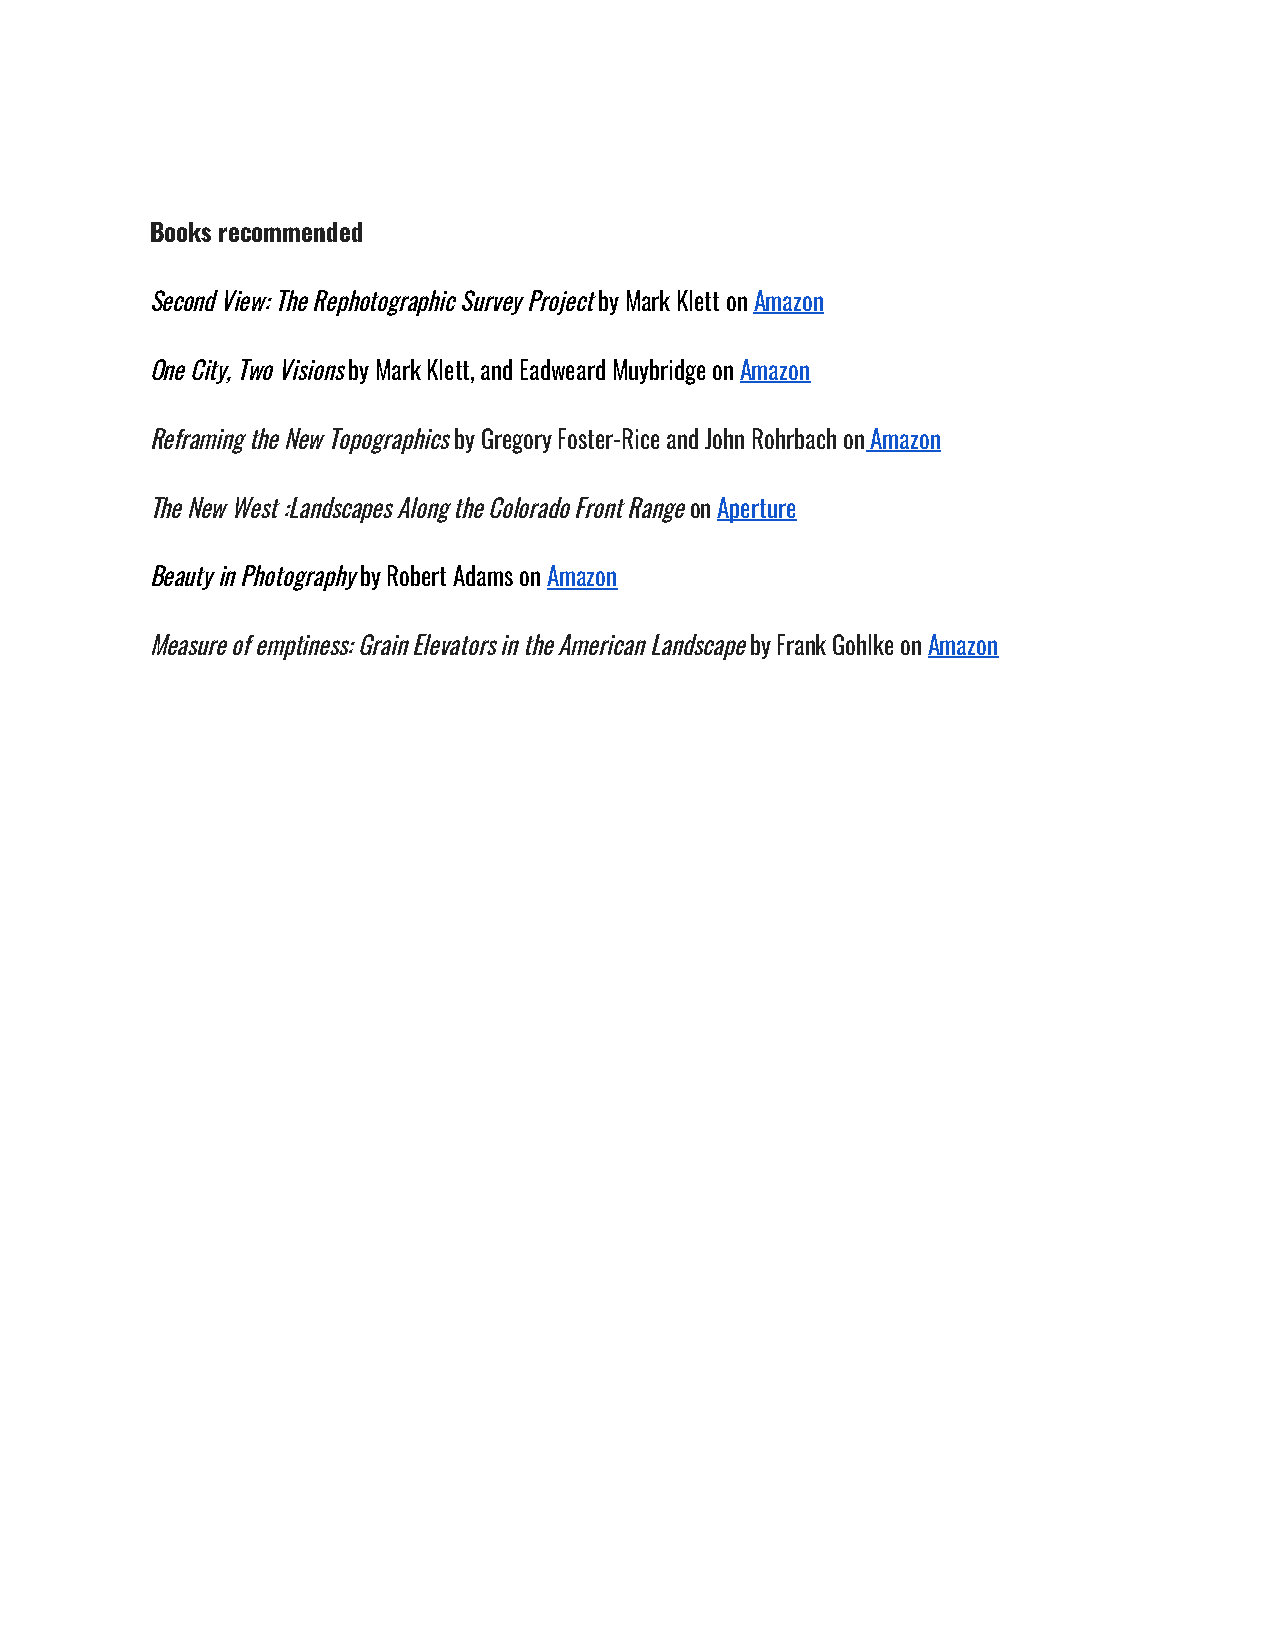
Books recommended
 Second View: The Rephotographic Survey Project by Mark Klett on Amazon
 ​          ​
 One City, Two Visions by Mark Klett, and Eadweard Muybridge on Amazon
 ​                          ​
 Reframing the New Topographics by Gregory Foster-Rice and John Rohrbach on Amazon
 ​                           ​
 The New West :Landscapes Along the Colorado Front Range on Aperture
 ​ ​
 Beauty in Photography by Robert Adams on Amazon
 ​            ​
 Measure of emptiness: Grain Elevators in the American Landscape by Frank Gohlke on Amazon
 ​           ​